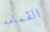
القمامه